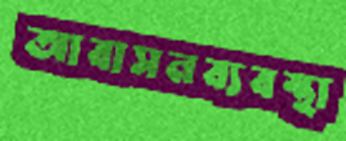
আবাসনব্যবস্থা